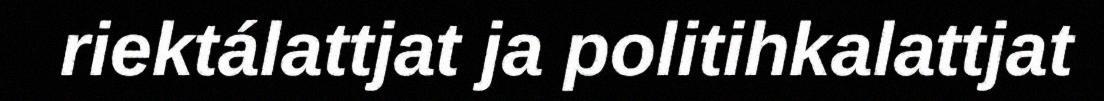
riektálattjat ja politihkalattjat